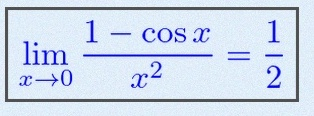
\lim_{x\to0}\frac{1-\cos x}{x^2}=\frac12